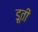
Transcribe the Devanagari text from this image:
डूती